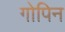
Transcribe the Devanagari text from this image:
गोपिन